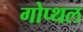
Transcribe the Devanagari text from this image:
गोप्थल